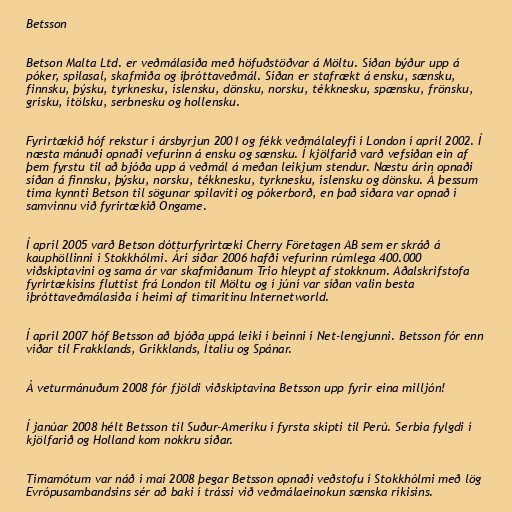
Betsson

Betson Malta Ltd. er veðmálasíða með höfuðstöðvar á Möltu. Síðan býður upp á
póker, spilasal, skafmiða og íþróttaveðmál. Síðan er stafrækt á ensku, sænsku,
finnsku, þýsku, tyrknesku, íslensku, dönsku, norsku, tékknesku, spænsku, frönsku,
grísku, ítölsku, serbnesku og hollensku.

Fyrirtækið hóf rekstur í ársbyrjun 2001 og fékk veðmálaleyfi í London í apríl 2002. Í
næsta mánuði opnaði vefurinn á ensku og sænsku. Í kjölfarið varð vefsíðan ein af
þem fyrstu til að bjóða upp á veðmál á meðan leikjum stendur. Næstu árin opnaði
síðan á finnsku, þýsku, norsku, tékknesku, tyrknesku, íslensku og dönsku. Á þessum
tíma kynnti Betson til sögunar spilavíti og pókerborð, en það síðara var opnað í
samvinnu við fyrirtækið Ongame.

Í apríl 2005 varð Betson dótturfyrirtæki Cherry Företagen AB sem er skráð á
kauphöllinni í Stokkhólmi. Ári síðar 2006 hafði vefurinn rúmlega 400.000
viðskiptavini og sama ár var skafmiðanum Trio hleypt af stokknum. Aðalskrifstofa
fyrirtækisins fluttist frá London til Möltu og í júní var síðan valin besta
íþróttaveðmálasíða í heimi af tímaritinu Internetworld.

Í apríl 2007 hóf Betsson að bjóða uppá leiki í beinni í Net-lengjunni. Betsson fór enn
víðar til Frakklands, Grikklands, Ítalíu og Spánar.

Á veturmánuðum 2008 fór fjöldi viðskiptavina Betsson upp fyrir eina milljón!

Í janúar 2008 hélt Betsson til Suður-Ameríku í fyrsta skipti til Perú. Serbía fylgdi í
kjölfarið og Holland kom nokkru síðar.

Tímamótum var náð í maí 2008 þegar Betsson opnaði veðstofu í Stokkhólmi með lög
Evrópusambandsins sér að baki í trássi við veðmálaeinokun sænska ríkisins.